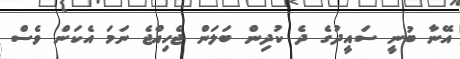
އޭނާ ބުނީ ސައީދުގެ ދެ ކުދިން ބަލަން ޖެހިއްޖެ ނަމަ އެކަން ވެސް